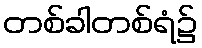
တစ်ခါတစ်ရံ၌